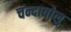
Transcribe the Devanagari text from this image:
चन्दावोलु